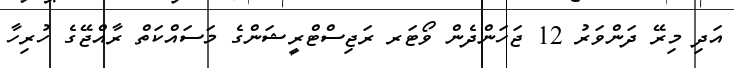
އަދި މިރޭ ދަންވަރު 12 ޖަހަންދެން ވޯޓަރ ރަޖިސްޓްރީޝަންގެ މަސައްކަތް ރާއްޖޭގެ ހުރިހާ